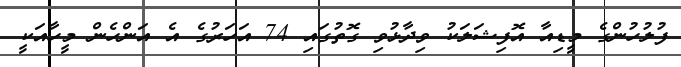
ފުލުހުންގެ މީޑިއާ އޮފިޝަލަކު ވިދާޅުވި ގޮތުގައި 74 އަހަރުގެ އެ އަންހެން މީހާއަކީ